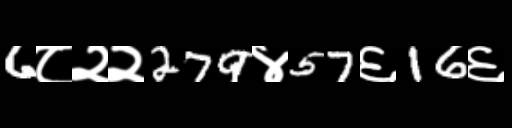
Text: 6८२२279४57६16६